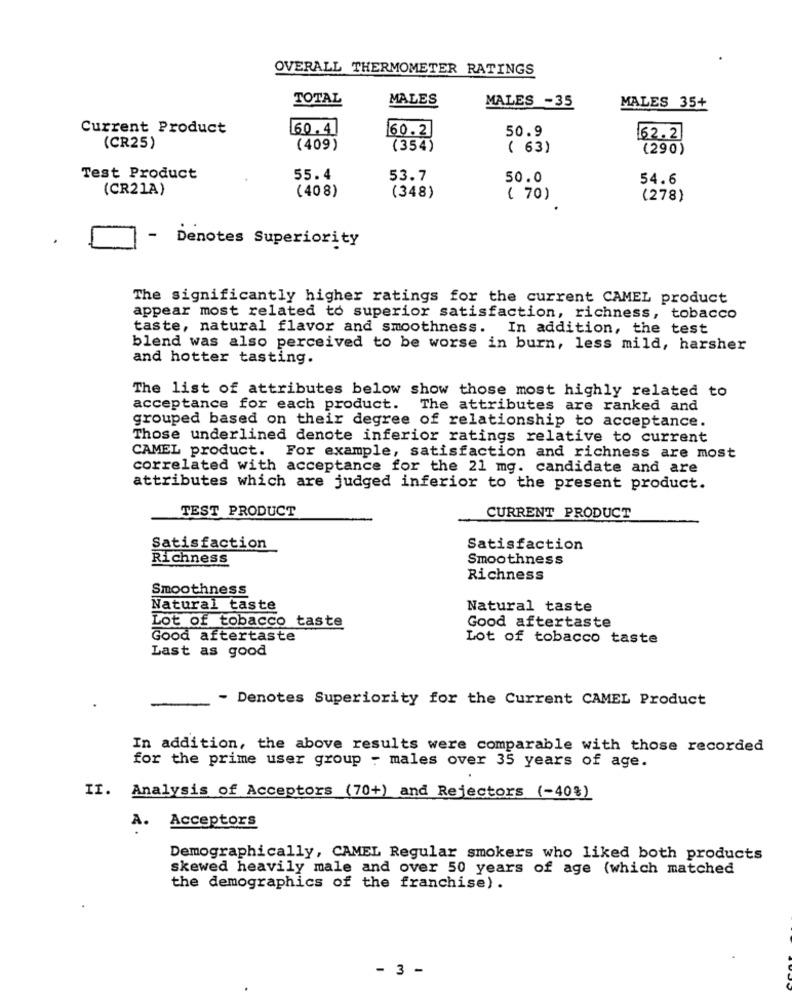
OVERALL THERMOMETER RATINGS
TOTAL
MALES
MALES -35
MALES 35+
Current Product
60.4
60.2
50.9
62.2
(CR25)
(409)
(354)
( 63)
(290)
Test Product
55.4
53.7
50.0
54.6
(CR21A)
(408)
(348)
( 70)
(278)
- Denotes Superiority
The significantly higher ratings for the current CAMEL product
appear most related to superior satisfaction, richness, tobacco
taste, natural flavor and smoothness. In addition, the test
blend was also perceived to be worse in burn, less mild, harsher
and hotter tasting.
The list of attributes below show those most highly related to
acceptance for each product. The attributes are ranked and
grouped based on their degree of relationship to acceptance.
Those underlined denote inferior ratings relative to current
CAMEL product. For example, satisfaction and richness are most
correlated with acceptance for the 21 mg. candidate and are
attributes which are judged inferior to the present product.
TEST PRODUCT
CURRENT PRODUCT
Satisfaction
Satisfaction
Richness
Smoothness
Richness
Smoothness
Natural taste
Natural taste
Lot of tobacco taste
Good aftertaste
Good aftertaste
Lot of tobacco taste
Last as good
- Denotes Superiority for the Current CAMEL Product
In addition, the above results were comparable with those recorded
for the prime user group - males over 35 years of age.
II. Analysis of Acceptors (70+) and Rejectors (-40%)
Acceptors
A.
Demographically, CAMEL Regular smokers who liked both products
skewed heavily male and over 50 years of age (which matched
the demographics of the franchise) .
- 3 -